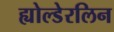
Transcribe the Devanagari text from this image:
ह्योल्डेरलिन